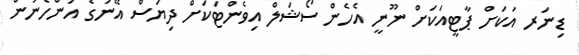
ޑިނަރ އަކަށް ޕާޓީއަކަށް ނޫނީ އެހެން ސޯޝަލް އިވެންޓަކަށް ދިޔަސް އޭނަގެ އަންހެނުން